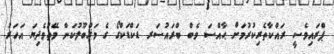
ޕްރައިވެސީ ރައްކާތެރިކުރުމަށް ޙާއްސަ ވެބް ބްރައުސަރ ޑަކްޑަކްގޯ ގެ މަޤްބޫލުކަންް ވޭތުވެދިޔަ އަހަރު